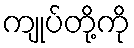
ကျုပ်တို့ကို